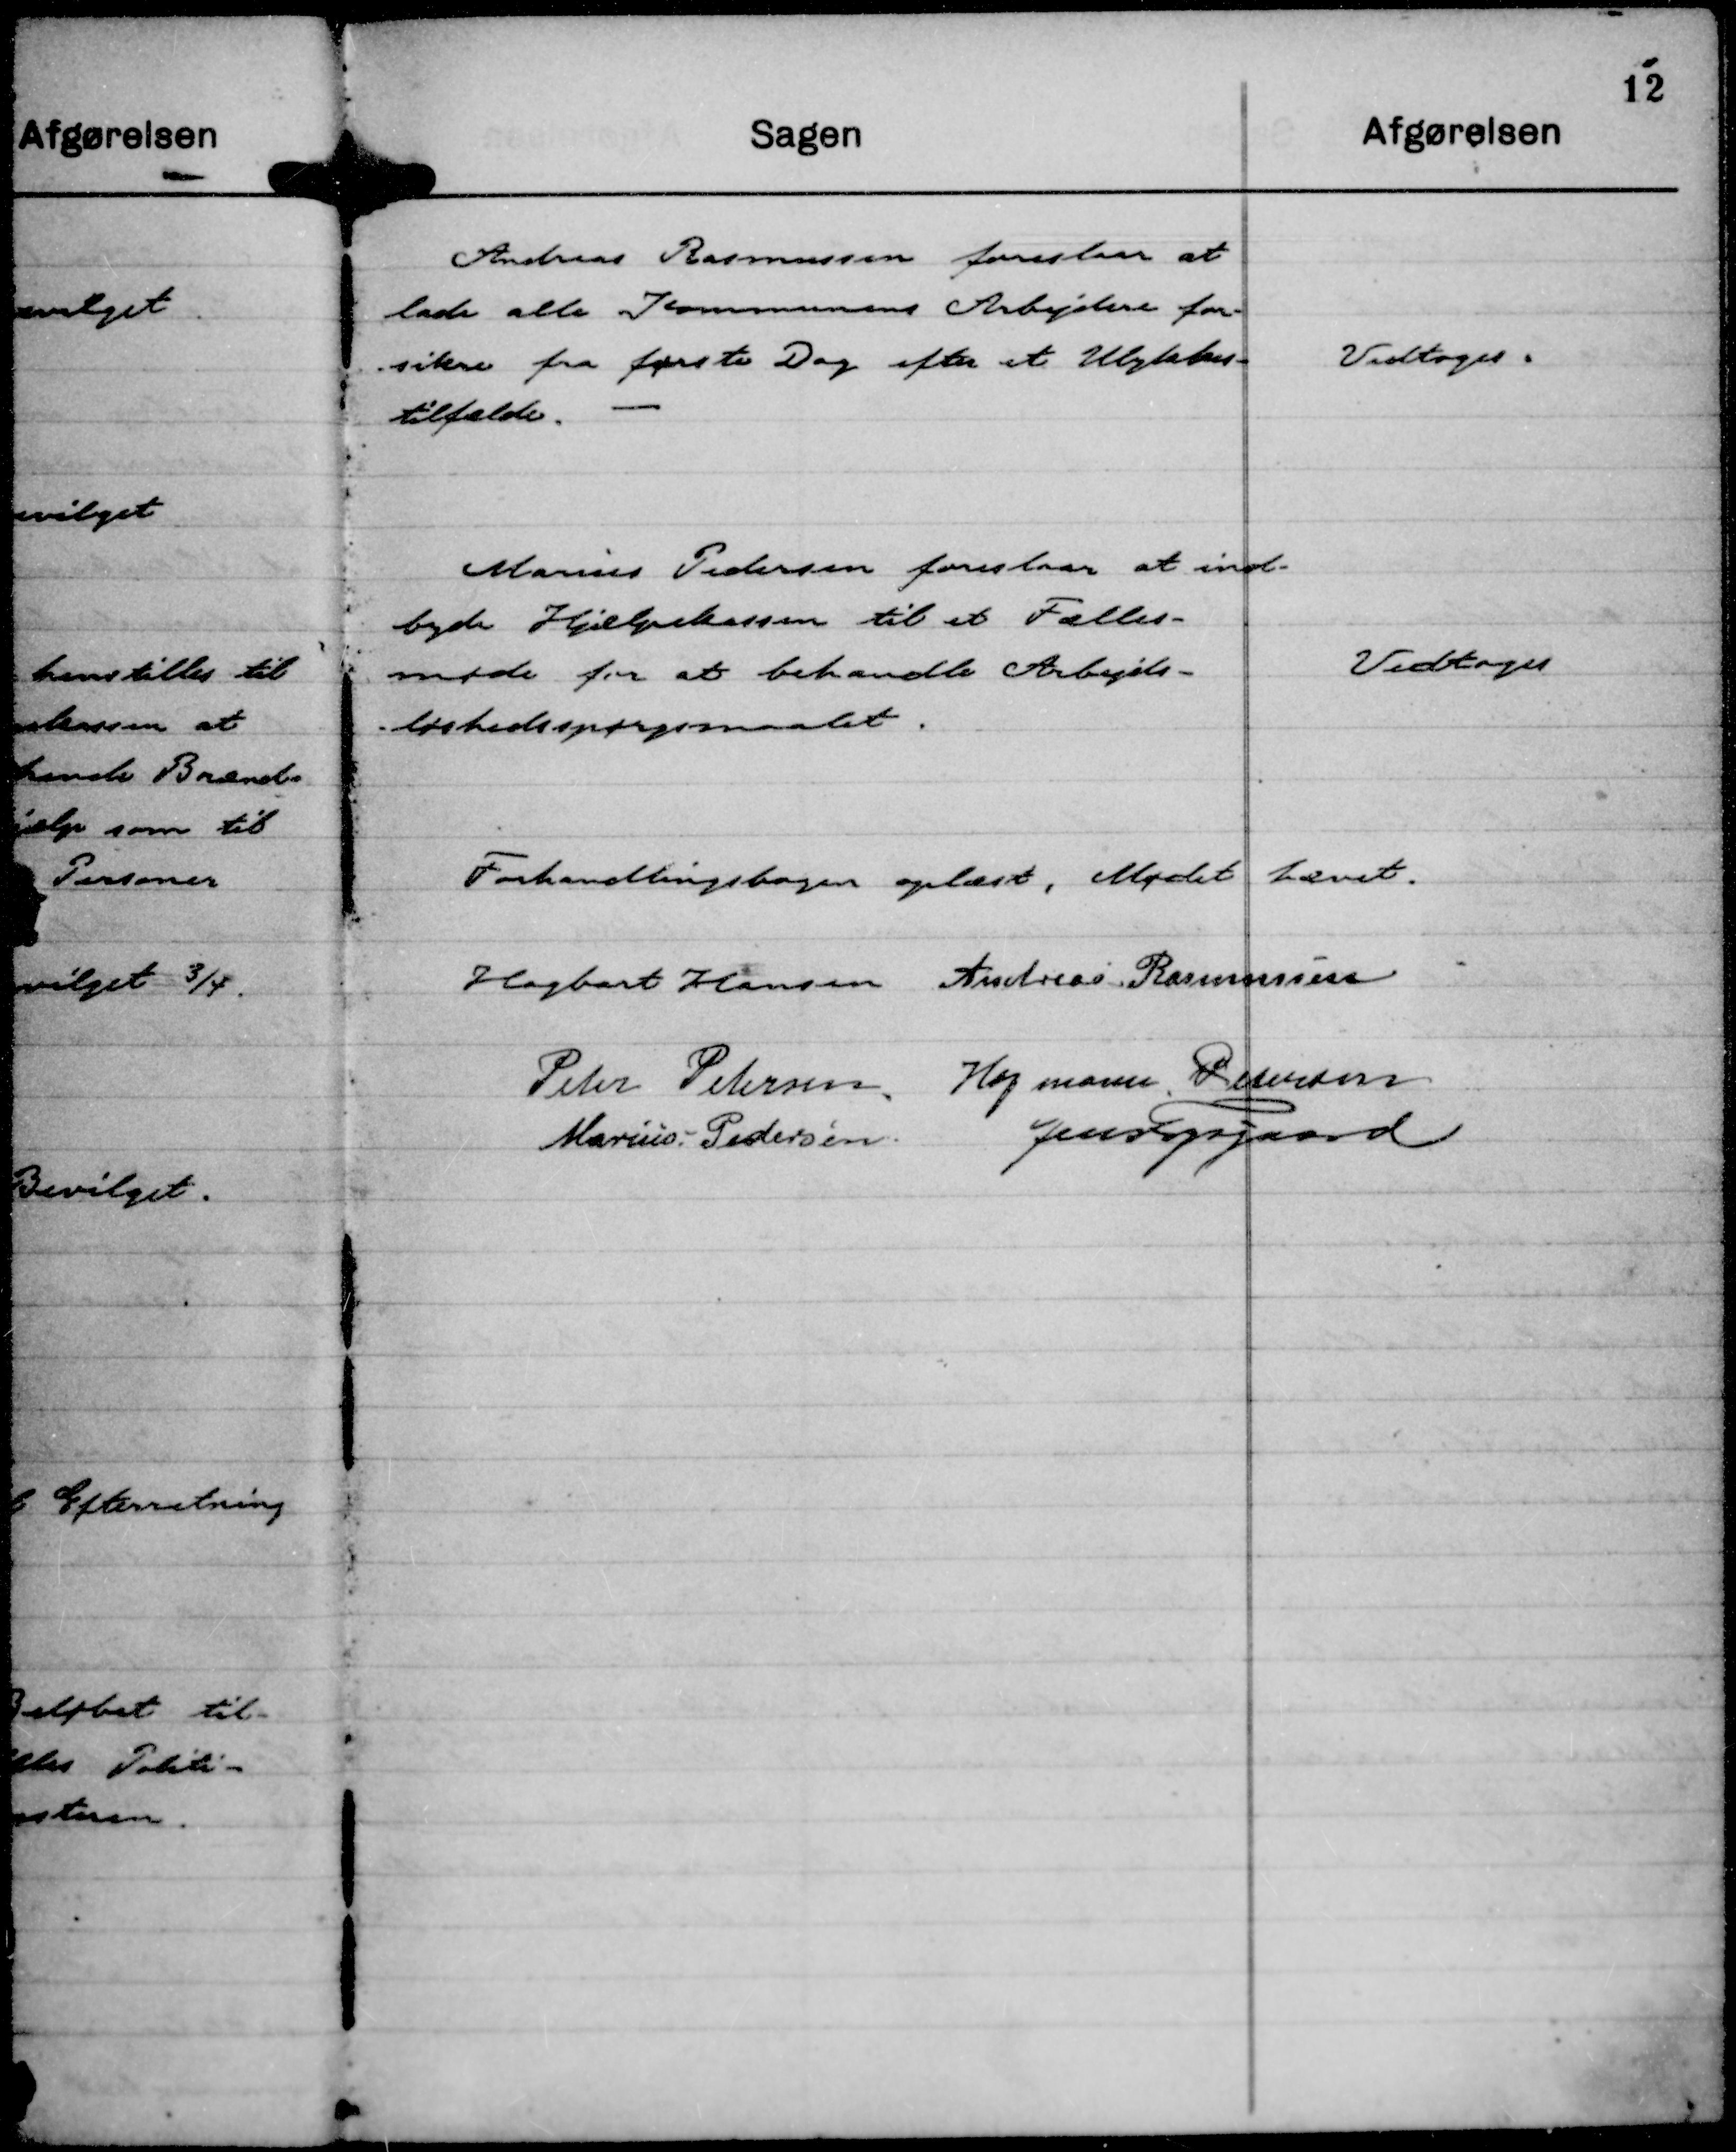
Transskription:
Andreas Rasmussen foreslaar at
lade alle Kommunens Arbejdere for-
sikre fra første Dag efter et Ulykkes-
tilfælde.

Vedtoges.

Marius Pedersen foreslaar at ind-
byde Hjælpekassen til et Fælles-
møde for at behandle Arbejds-
løshedsspørgsmaalet.

Vedtoges

Forhandlingsbogen oplæst, Mødet hævet.
Hagbart Hansen
Andreas Rasmussen
Peter Petersen 
Hofmann Petersen
Marius Pedersen
Jens Fogsgaard